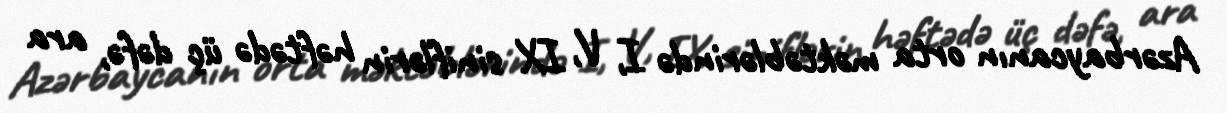
Azərbaycanın orta məktəblərində I, V, IX siniflərin həftədə üç dəfə, ara